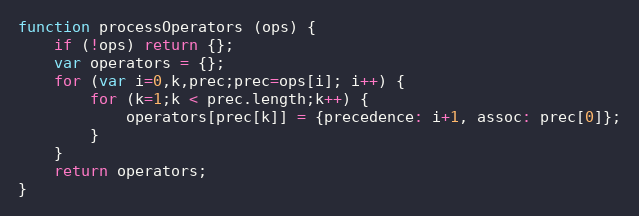
Language: JavaScript
function processOperators (ops) {
    if (!ops) return {};
    var operators = {};
    for (var i=0,k,prec;prec=ops[i]; i++) {
        for (k=1;k < prec.length;k++) {
            operators[prec[k]] = {precedence: i+1, assoc: prec[0]};
        }
    }
    return operators;
}